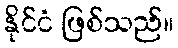
နိုင်ငံ ဖြစ်သည်။